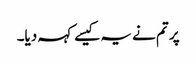
پر تم نے یہ کیسے کہہ دیا۔